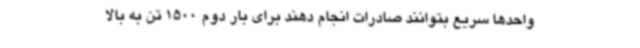
واحدها سریع بتوانند صادرات انجام دهند برای بار دوم 1500 تن به بالا